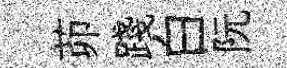
茆踐白阮